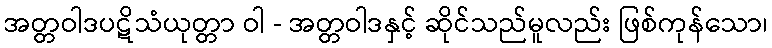
အတ္တဝါဒပဋိသံယုတ္တာ ဝါ - အတ္တဝါဒနှင့် ဆိုင်သည်မူလည်း ဖြစ်ကုန်သော၊